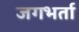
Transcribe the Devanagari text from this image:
जगभर्ता